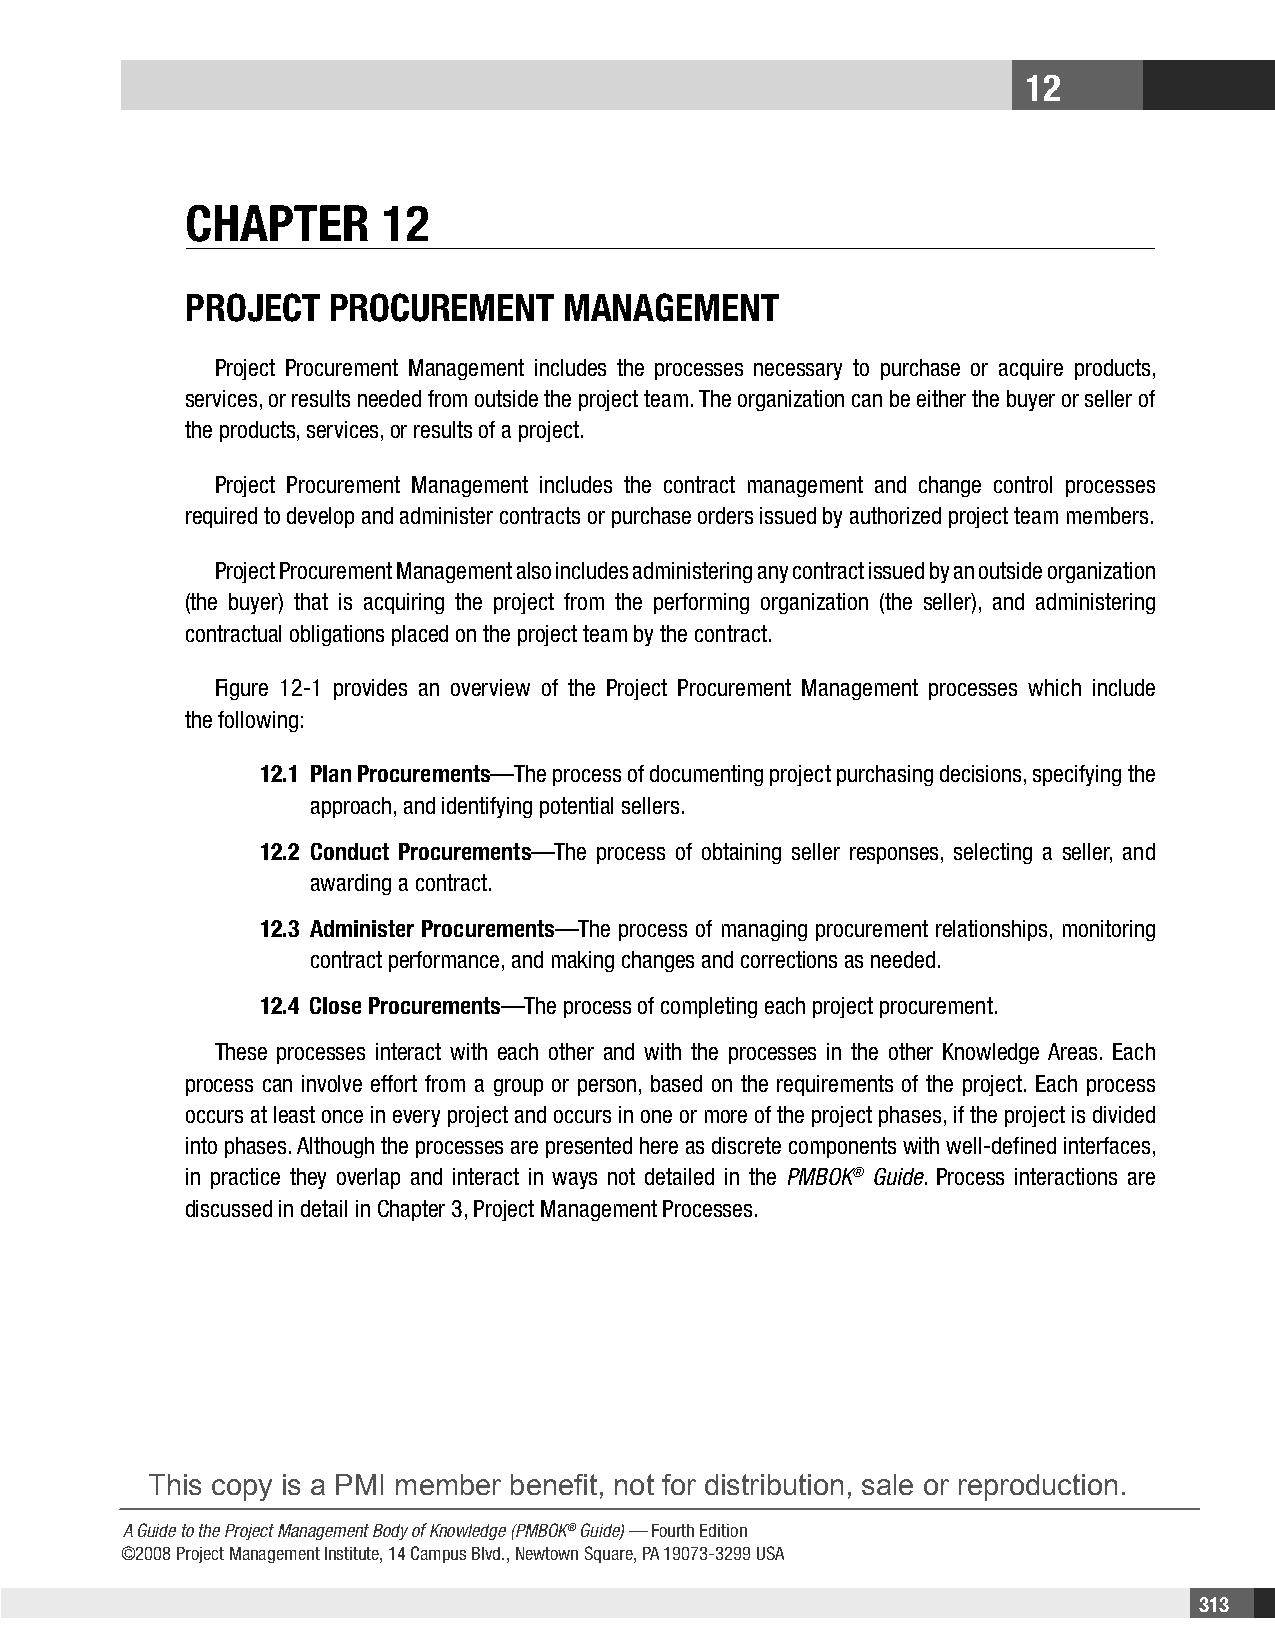
12
 CHAPTER      12
 PRojECT   PRoCuREmEnT    mAnAgEmEnT
 Project Procurement Management includes the processes necessary to purchase or acquire products,
 services, or results needed from outside the project team. The organization can be either the buyer or seller of
 the products, services, or results of a project.
 Project Procurement Management includes the contract management and change control processes
 required to develop and administer contracts or purchase orders issued by authorized project team members.
 Project Procurement Management also includes administering any contract issued by an outside organization
 (the buyer) that is acquiring the project from the performing organization (the seller), and administering
 contractual obligations placed on the project team by the contract.
 Figure 12-1 provides an overview of the Project Procurement Management processes which include
 the following:
 12.1 Plan Procurements—The process of documenting project purchasing decisions, specifying the
 approach, and identifying potential sellers.
 12.2 Conduct Procurements—The process of obtaining seller responses, selecting a seller, and
 awarding a contract.
 12.3 Administer Procurements—The process of managing procurement relationships, monitoring
 contract performance, and making changes and corrections as needed.
 12.4 Close Procurements—The process of completing each project procurement.
 These processes interact with each other and with the processes in the other Knowledge Areas. Each
 process can involve effort from a group or person, based on the requirements of the project. Each process
 occurs at least once in every project and occurs in one or more of the project phases, if the project is divided
 into phases. Although the processes are presented here as discrete components with well-defined interfaces,
 in practice they overlap and interact in ways not detailed in the PMBOK® Guide. Process interactions are
 discussed in detail in Chapter 3, Project Management Processes.
 This copy is a PMI member benefit, not for distribution, sale or reproduction.
 A Guide to the Project Management Body of Knowledge (PMBOK® Guide) — Fourth Edition
 ©2008 Project Management Institute, 14 Campus Blvd., Newtown Square, PA 19073-3299 USA
 313